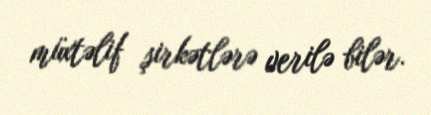
müxtəlif şirkətlərə verilə bilər.